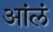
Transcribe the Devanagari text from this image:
आंलं